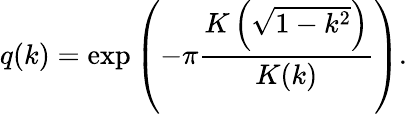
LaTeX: q(k)=\exp\left(-\pi{\frac{K\left({\sqrt{1-k^{2}}}\right)}{K(k)}}\right).